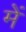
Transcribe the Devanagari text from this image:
मेेें